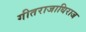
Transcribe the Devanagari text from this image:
गीतराजाधिराज